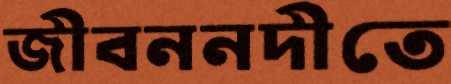
জীবননদীতে